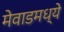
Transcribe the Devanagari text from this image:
मेवाडमध्ये